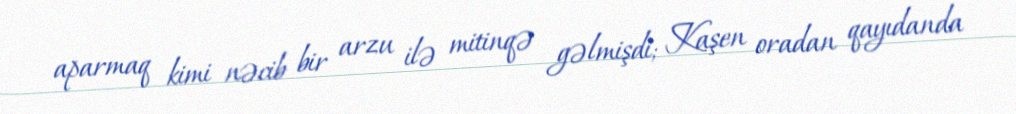
aparmaq kimi nəcib bir arzu ilə mitinqə gəlmişdi; Kaşen oradan qayıdanda